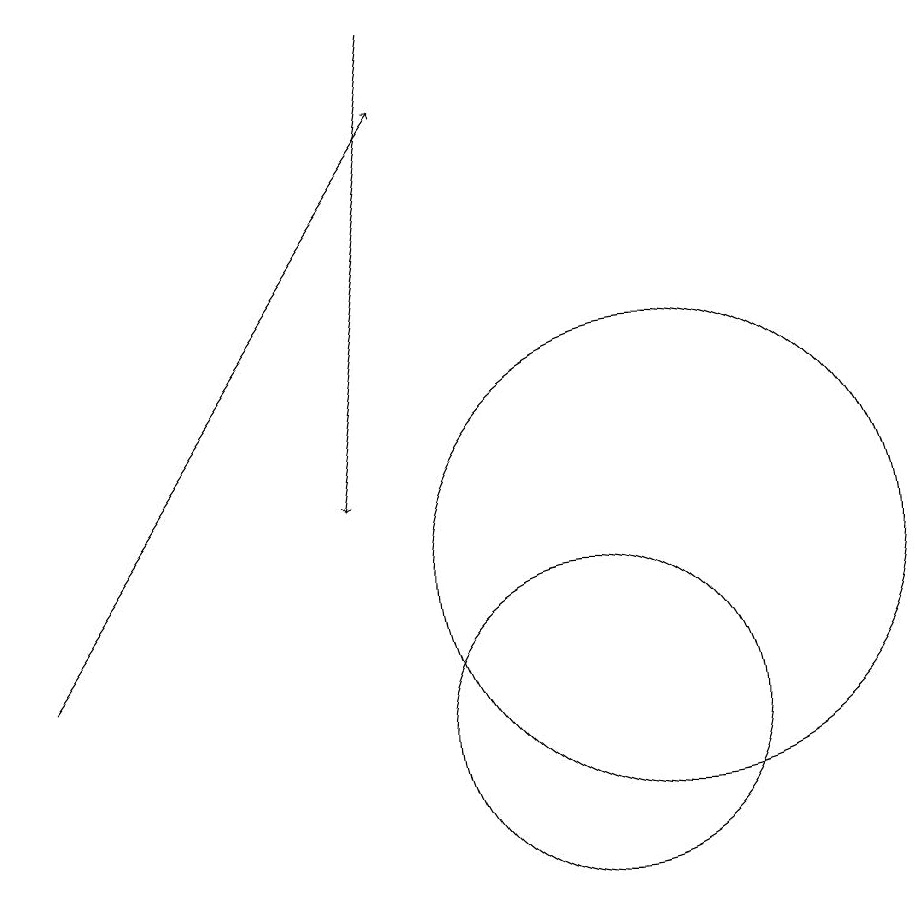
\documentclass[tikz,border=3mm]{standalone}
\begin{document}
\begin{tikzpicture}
\draw[->] (8,19) -- (7,13);
\draw (11,12) circle (3);
\draw[->] (3,11) -- (8,18);
\draw (10,10) circle (2);
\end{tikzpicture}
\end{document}